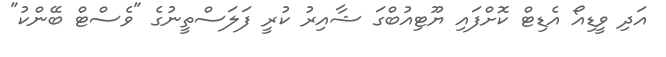
އަދި ވީޑިއޯ އެޑިޓް ކޮށްފައި ޔޫޓިއުބްގަ ޝާއިރު ކުރީ ފަލަސްތީނުގެ "ވެސްޓް ބޭންކު"